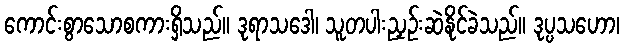
ကောင်းစွာသောစကားရှိသည်။ ဒုရာသဒေါ၊ သူတပါးညှဉ်းဆဲနိုင်ခဲသည်။ ဒုပ္ပသဟော၊